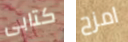
كتابى امزح